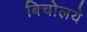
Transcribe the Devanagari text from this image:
बिचोलये